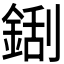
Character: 𮢏